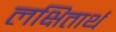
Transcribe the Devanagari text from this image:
लक्षितार्थ